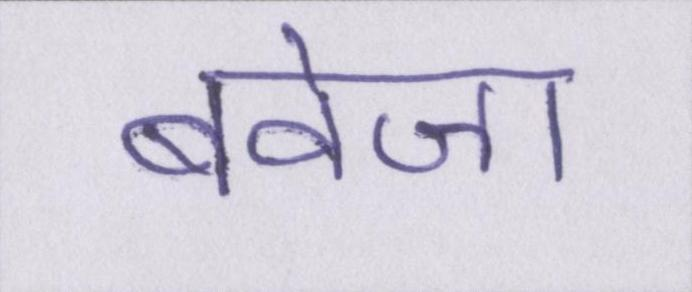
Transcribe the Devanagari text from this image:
बवेजा